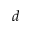
d